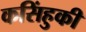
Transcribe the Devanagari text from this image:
कसिंहुकी